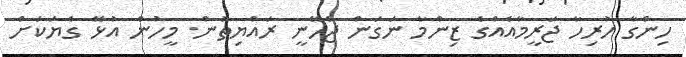
ހިންގާ ހުރިހާ ޖަރީމާއެއްގެ ޒިންމާ ނަގަން ޖެހޭނީ ރައްޔިތުން. މީހުން އުޅޭ ގެޔަކަށް